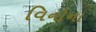
વિનોના